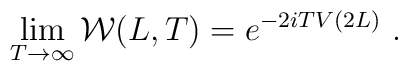
\lim_{T\to\infty}{\cal W}(L,T)= e^{-2i T V(2L)}\ .